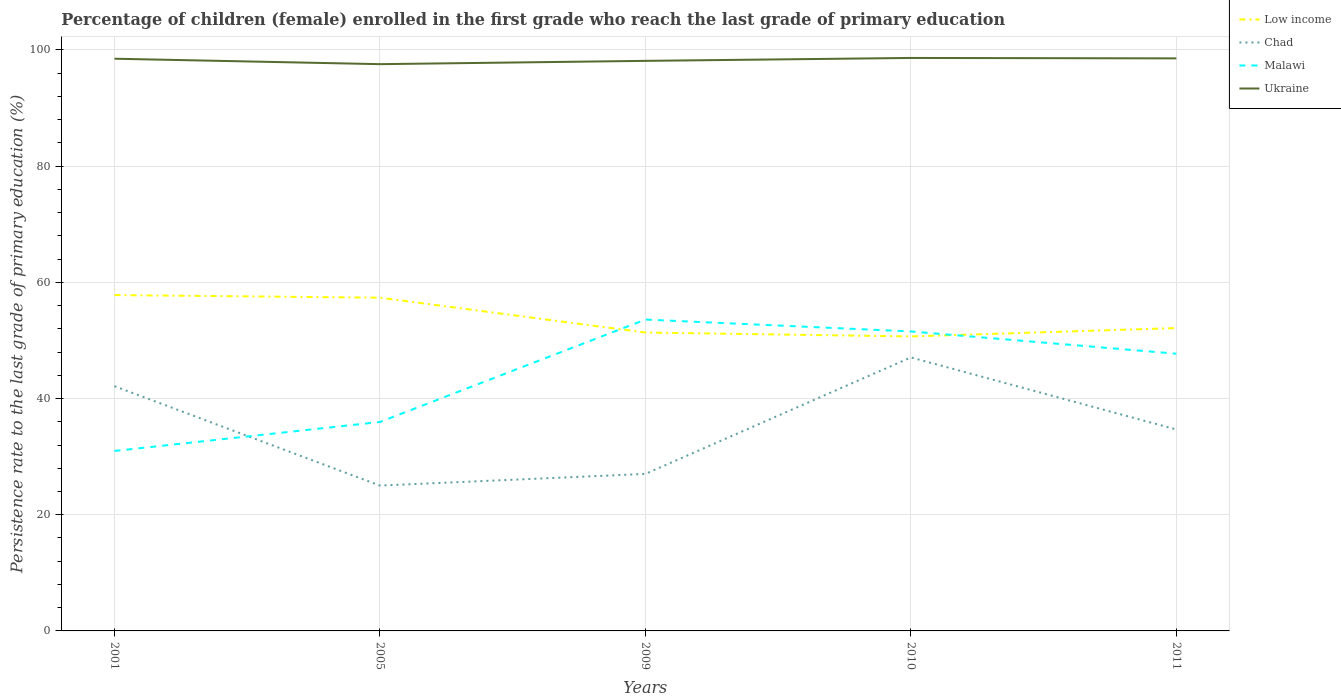
| Years | Low income | Chad | Malawi | Ukraine |
 | --- | --- | --- | --- | --- |
 | 2001 | 57.8 | 42.1 | 31 | 98.5 |
 | 2005 | 57.4 | 25 | 36 | 97.6 |
 | 2009 | 51.4 | 27 | 53.6 | 98.1 |
 | 2010 | 50.7 | 47.1 | 51.6 | 98.6 |
 | 2011 | 52.1 | 34.7 | 47.7 | 98.6 |